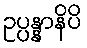
ဥပ္ပန္နာနိပိ